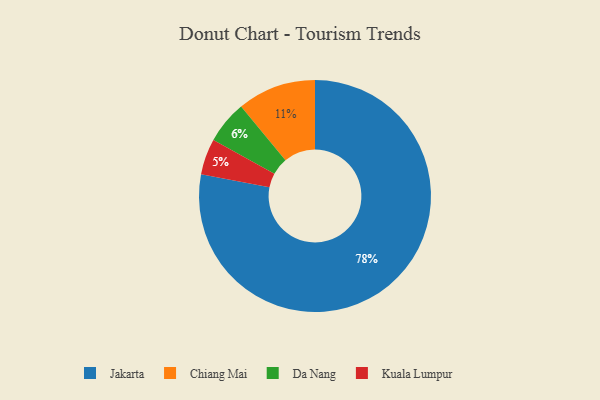
{"axis": {"x": "Category", "y": "Percentage"}, "legend": ["Chiang Mai", "Da Nang", "Jakarta", "Kuala Lumpur"], "data": [{"x": "Da Nang", "y": 6, "type": "Da Nang"}, {"x": "Kuala Lumpur", "y": 5, "type": "Kuala Lumpur"}, {"x": "Chiang Mai", "y": 11, "type": "Chiang Mai"}, {"x": "Jakarta", "y": 78, "type": "Jakarta"}]}